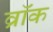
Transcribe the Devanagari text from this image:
व्रॉक